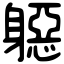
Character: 𨉼